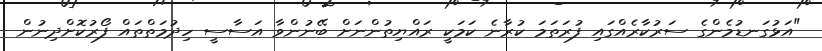
"އަޅުގަނޑުމެންގެ ސަރުކާރެއްގައި ފުރަތަމަ ކުރާނެ ކަމަކީ ރައްޔިތުންނަށް ބޭނުންވާ އަސާސީ ހިދުމަތްތައް ފޯރުކޮށްދިނުން